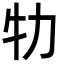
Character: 牞